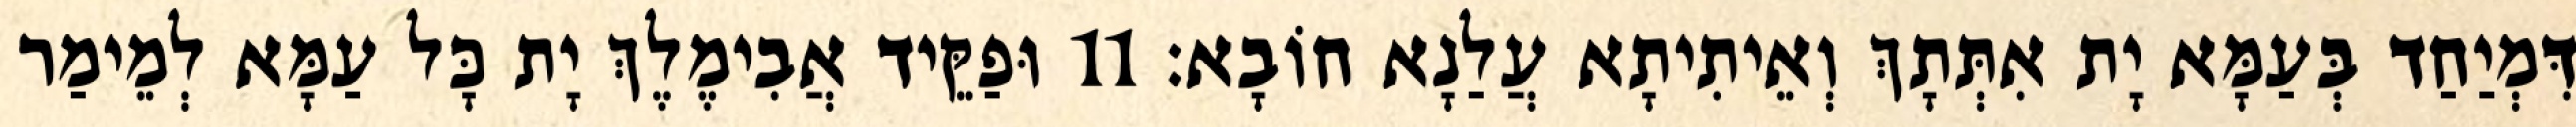
דִּמְיַחַד בְּעַמָּא יָת אִתְּתָךְ וְאֵיתִיתָא עֲלַנָא חוֹבָא׃ 11 וּפַקֵּיד אֲבִימֶלֶךְ יָת כָּל עַמָּא לְמֵימַר